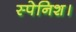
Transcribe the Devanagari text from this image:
स्पेनिश।